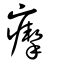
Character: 𤸪